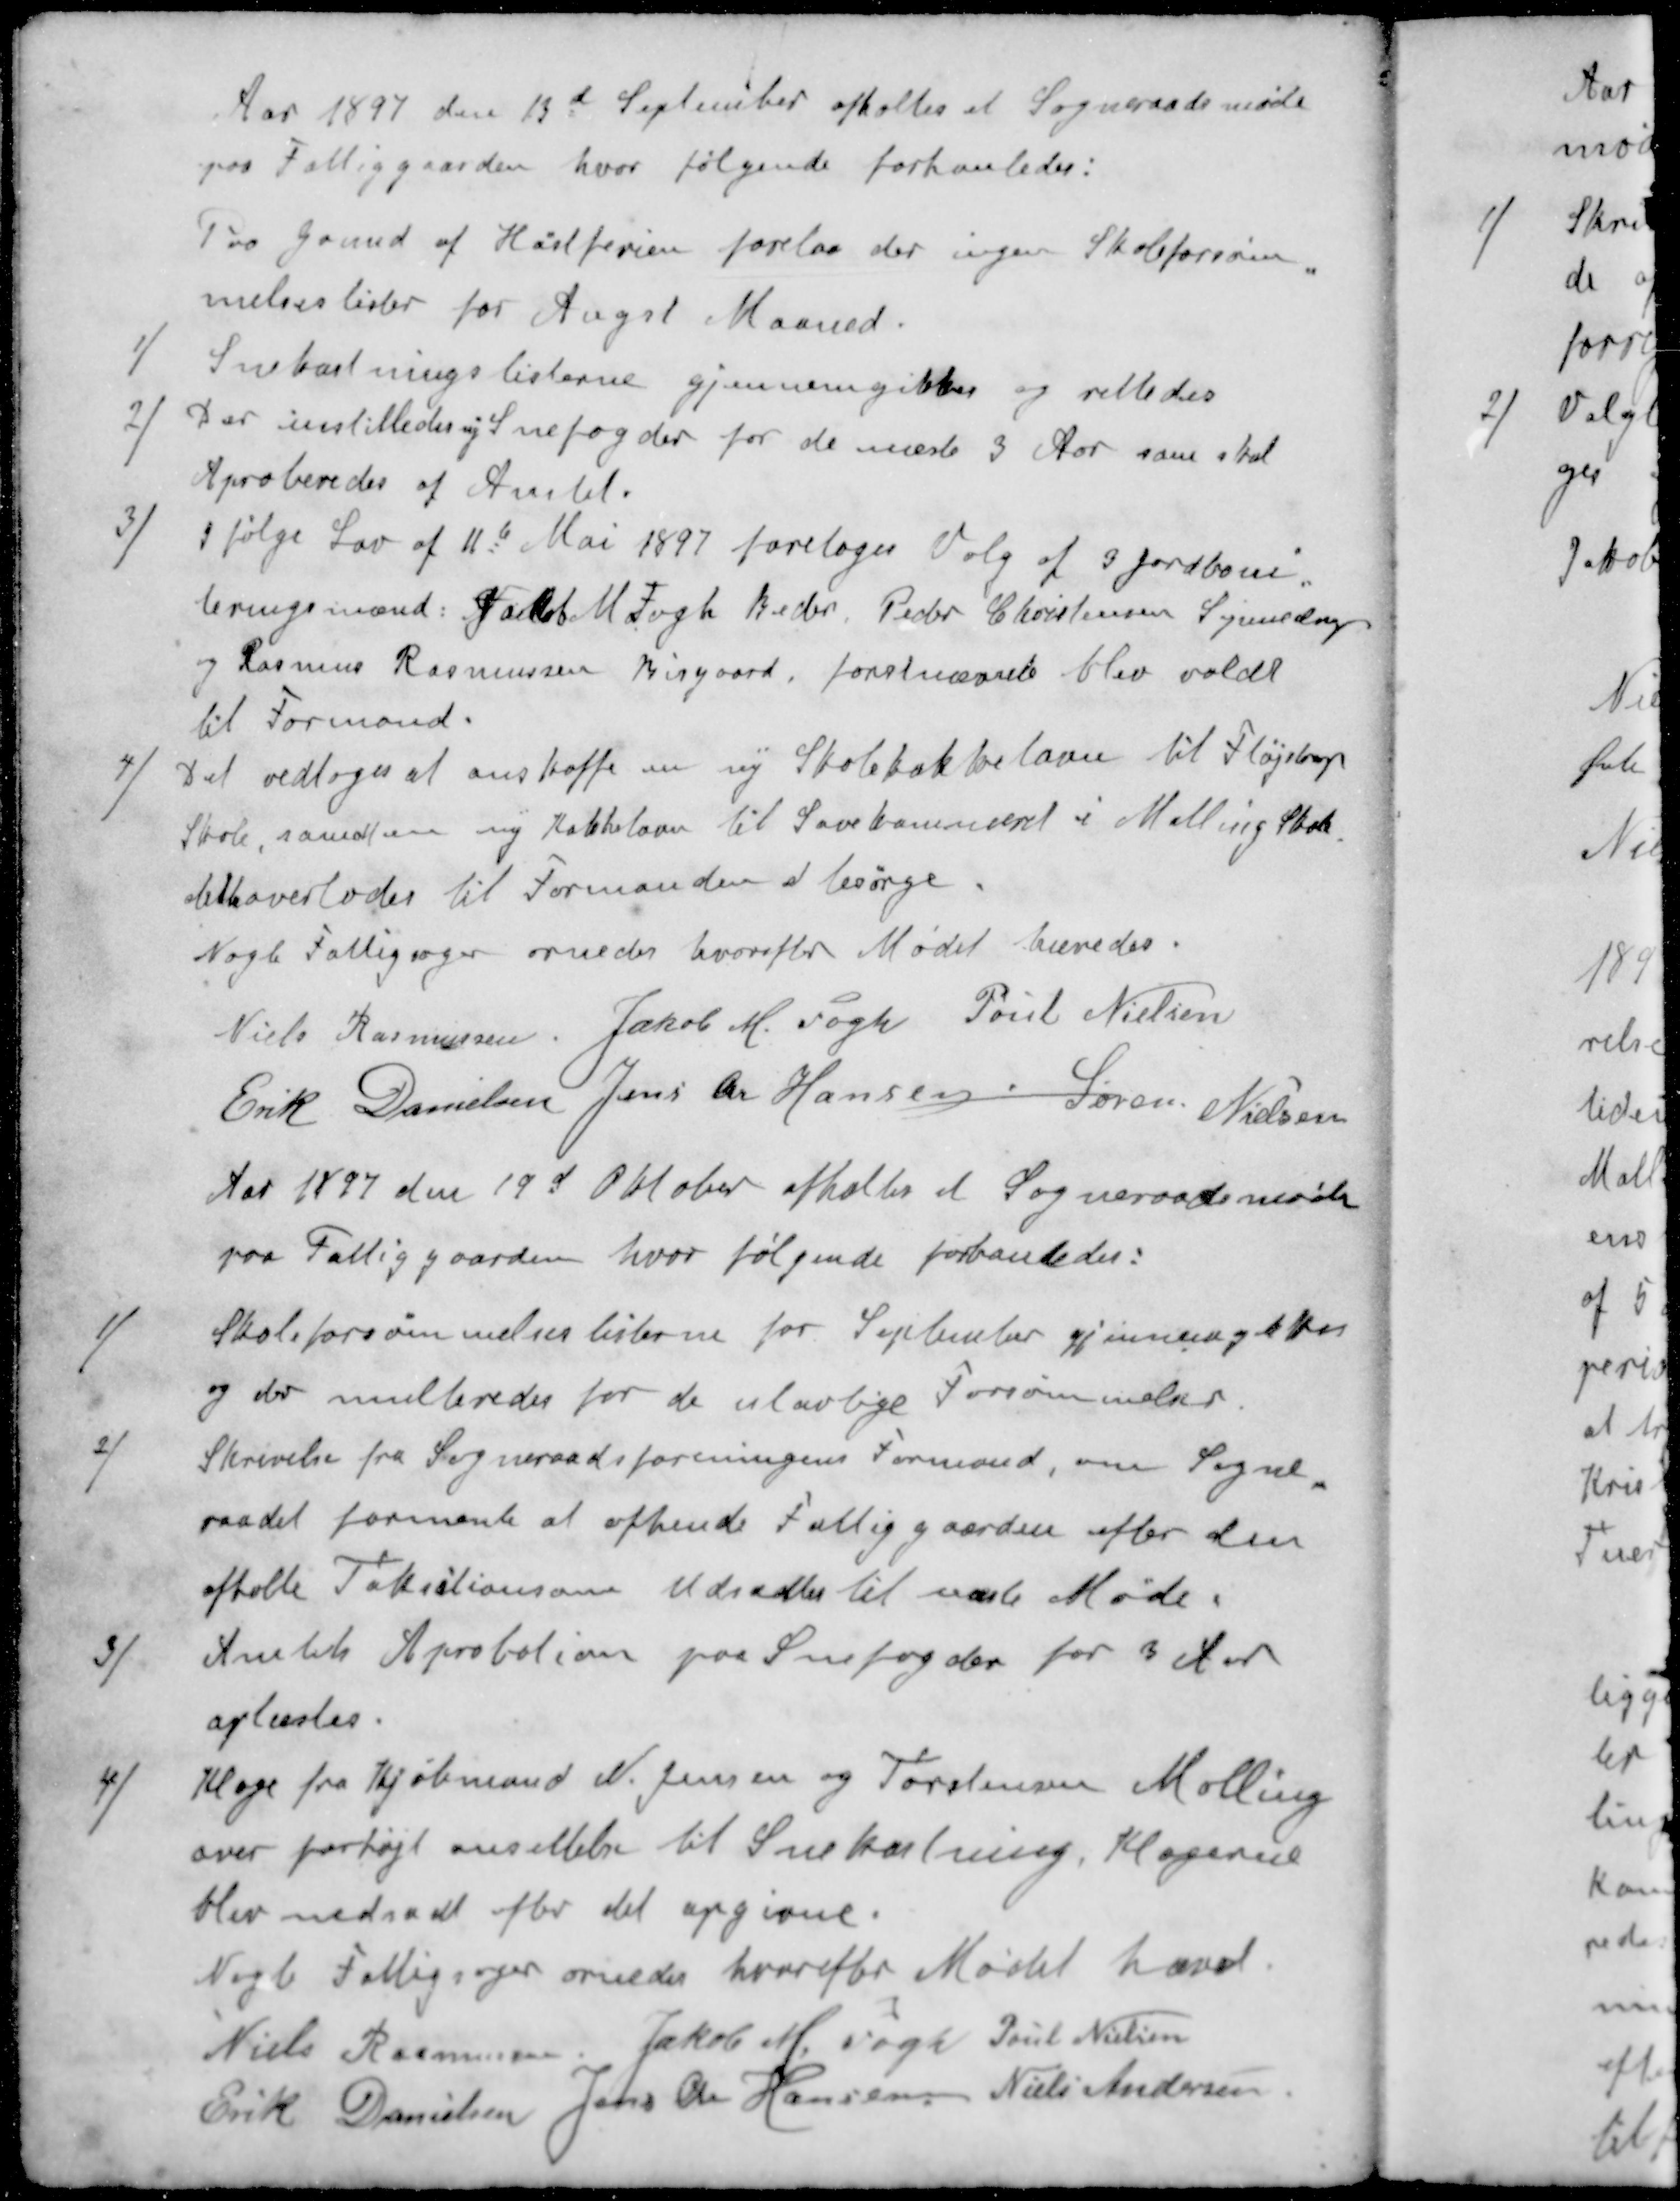
Transskription:
Aar 1897 den 13d September afholtes et Sogneraadsmøde
paa Fattiggaarden, hvor følgende forhanledes:
Fra Grund af Høstferien forelaa der ingen Skoleforsøm-
melseslister for Augst Maaned.
1 ) Snekastningslisterne gjennemgikkes og rettedes
2 ) Der instilledes ny Snefogder for de næste 3 Aar som skal
Aproberedes af Amtet.
3 ) I følge Lov af 11te Mai 1897 foretoges Valg af 3 Jordboni-
teringsmænd: Jakob M Fogh Beder, Peder Christensen Synnedrup
og Rasmus Rasmussen Bisgaard, førstnævnte blev valdt
til Formand.
4 ) Det vedtoges at anskaffe en ny Skolekakkelovn til Fløjstrup
Skole, samtids ny Kakkelovn til Sovekammeret i Malling Skole
dette overlodes til Formanden at besørge.
Nogle Fattigsager ornedes hvorefter Mødet hævedes.
Niels Rasmussen
Jakob M. Fogh
Poul Nielsen
Erik Danielsen
Jens Chr Hansen
Søren Nielsen
Aar 1897 den 19d Oktober afholtes et Sogneraadsmøde
paa Fattiggaarden, hvor følgende forhanledes:
1 ) Skoleforsømmelseslisterne for September gjennemgikkes
og der multeredes for de ulovlige Forsømmelser.
2 ) Skrivelse fra Sogneraadsforeningens Formand, om Sogne-
raadet formente at afhende Fattiggaarden efter den 
afholte Taksationson Udsattes til næste Møde.
3 )Amtets Aprobation paa Snefogder for 3 Aar
oplæstes.
4 ) Klage fra Kjøbmand N. Jensen og Torstensen Malling
over forhøjt ansættelse til Snekastning, Klagerne
blev nedsadt efter det opgivne.
Nogle Fattigsager ornedes hvorefter Mødet hævet.
Niels Rasmussen
Jakob M Fogh
Poul Nielsen
Erik Danielsen
Jens Chr Hansen
Niels Andersen